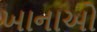
ખાનાઓ